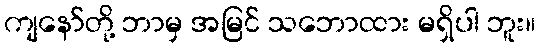
ကျနော်တို့ ဘာမှ အမြင် သဘောထား မရှိပါ ဘူး။